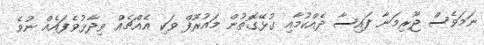
ނަމަވެސް ޖޫރިމަނާ ފައިސާ ދެއްކުމާއި ގުޅޭގޮތުން މައުރޫފް ވަކި އެއްޗެއް ވިދާޅުވެފައެއް ނުވެ